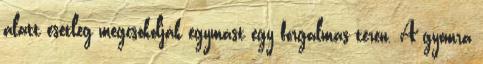
alatt esetleg megcsókolják egymást egy forgalmas téren. A gyomra